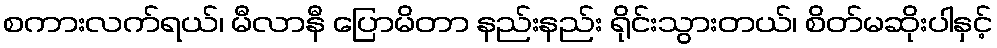
စကားလက်ရယ်၊ မီလာနီ ပြောမိတာ နည်းနည်း ရိုင်းသွားတယ်၊ စိတ်မဆိုးပါနှင့်